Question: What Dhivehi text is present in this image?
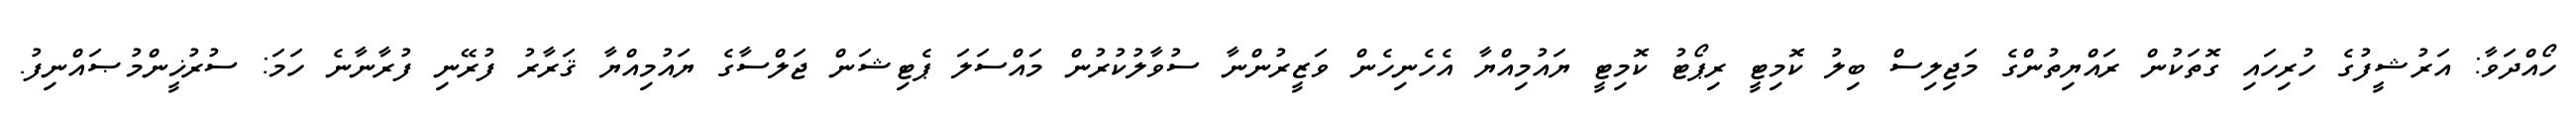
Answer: ހޯއްދަވާ: އަރުޝީފުގެ ހުރިހައި ގޮތަކުން ރައްޔިތުންގެ މަޖިލިސް ބިލު ކޮމިޓީ ރިޕޯޓު ކޮމިޓީ ޔައުމިއްޔާ އެހެނިހެން ވަޒީރުންނާ ސުވާލުކުރުން މައްސަލަ ޕެޓިޝަން ޖަލްސާގެ ޔައުމިއްޔާ ޤަރާރު ފުރޭނި ފުރާނާނެ ހަމަ: ސުރުޚީންމުޞައްނިފު.